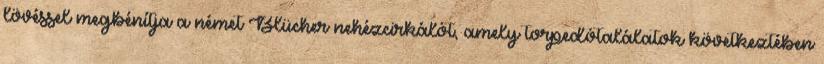
lövéssel megbénítja a német Blücher nehézcirkálót, amely torpedótalálatok következtében